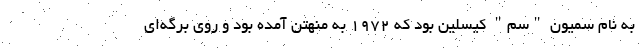
به نام سمیون "سم" کیسلین بود که ۱۹۷۲ به منهتن آمده بود و روی برگه‌ای